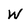
Character: W